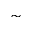
\sim